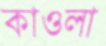
কাওলা